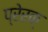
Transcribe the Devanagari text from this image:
प्रेरक्